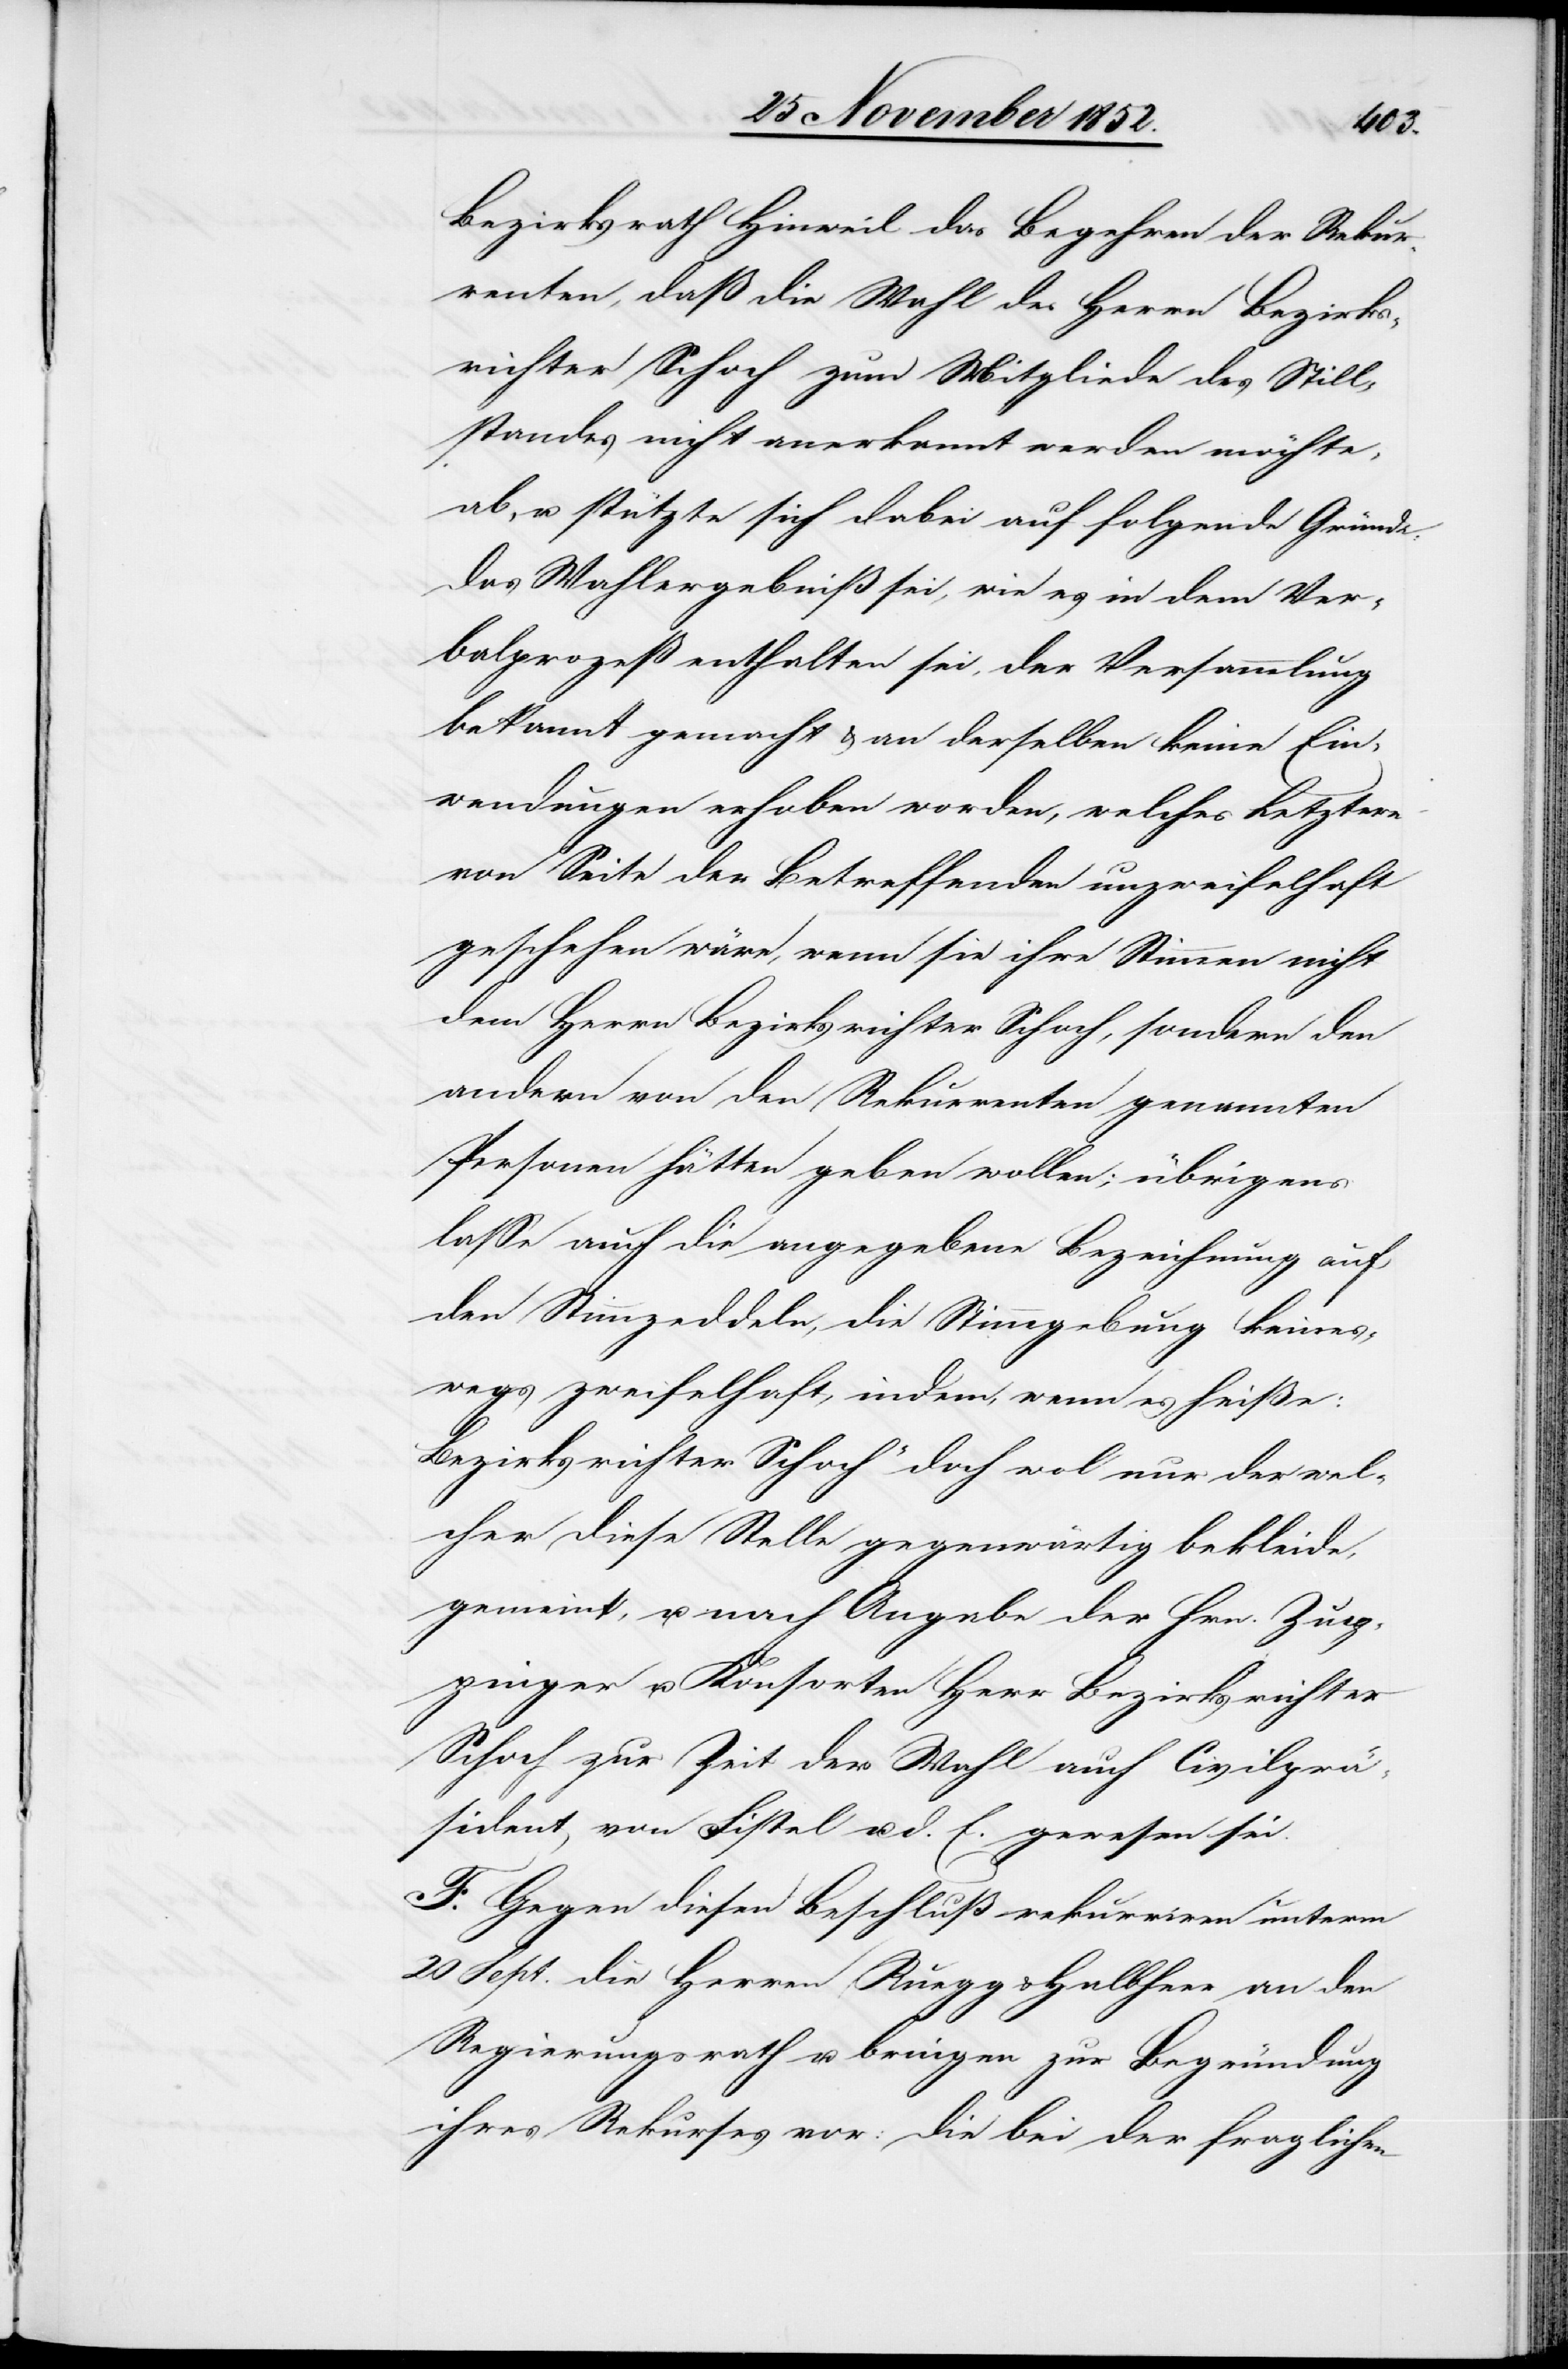
Bezirksrath Hinweil das Begehren der Rekur¬
renten, daß die Wahl des Herrn Bezirks¬
richter Schoch zum Mitgliede des Still¬
standes nicht anerkannt werden möchte,
ab, u. stützte sich dabei auf folgende Gründe:
Das Wahlergebniß sei, wie es in dem Ver¬
balprozeß enthalten sei, der Versammlung
bekannt gemacht & an derselben keine Ein¬
wendungen erhoben worden, welches Letztere
von Seite der Betreffenden unzweifelhaft
geschehen wäre, wenn sie ihre Stimmen nicht
dem Herrn Bezirksrichter Schoch, sondern den
andern von den Rekurrenten genannten
Personen hätten geben wollen; übrigens
lasse auch die angegebene Bezeichnung auf
den Stimmzeddeln, die Stimmgebung keines¬
wegs zweifelhaft, indem, wenn es heiße:
[„]Bezirksrichter Schoch“ doch wol nur der wel¬
cher diese Stelle gegenwärtig bekleide,
gemeint, u. nach Angabe der Hrn. Zup¬
pinger u. Konsorten Herr Bezirksrichter
Schoch zur Zeit der Wahl auch Civilprä¬
sident von Fistel u. d. E. gewesen sei.
F. Gegen diesen Beschluß rekurriren unterm
20 Sept. die Herren Ruegg & Halbheer an den
Regierungsrath u. bringen zur Begründung
ihres Rekurses vor: Die bei der fraglichen